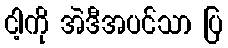
ငါ့ကို အဲဒီအပင်သာ ပြ